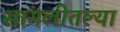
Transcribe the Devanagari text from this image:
सांगलीतल्या